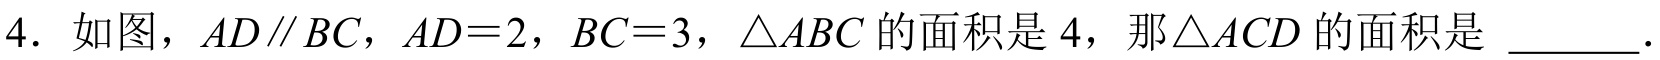
4. 如图，\(AD\parallel BC\)，\(AD = 2\)，\(BC = 3\)，\(\triangle ABC\)的面积是\(4\)，那\(\triangle ACD\)的面积是 ______.